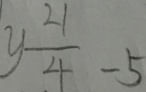
y \frac { 2 1 } { 4 } - 5